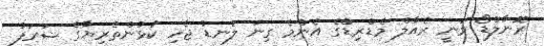
ރޮނާލްޑޯ ވަނީ ރެއާލް މެޑްރިޑްގެ އެންމެ ގިނަ ލަނޑު ޖެހި ކުޅުންތެރިޔާގެ ޝަރަފު